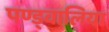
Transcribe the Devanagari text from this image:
पण्ड्वालिया